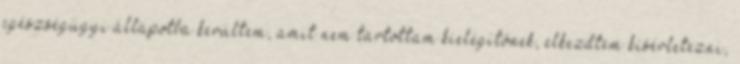
egészségügyi állapotba kerültem, amit nem tartottam kielégítőnek, elkezdtem kísérletezni,